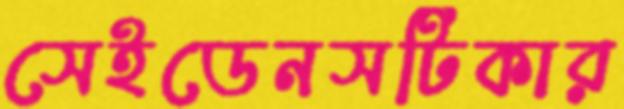
সেইডেনসটিকার